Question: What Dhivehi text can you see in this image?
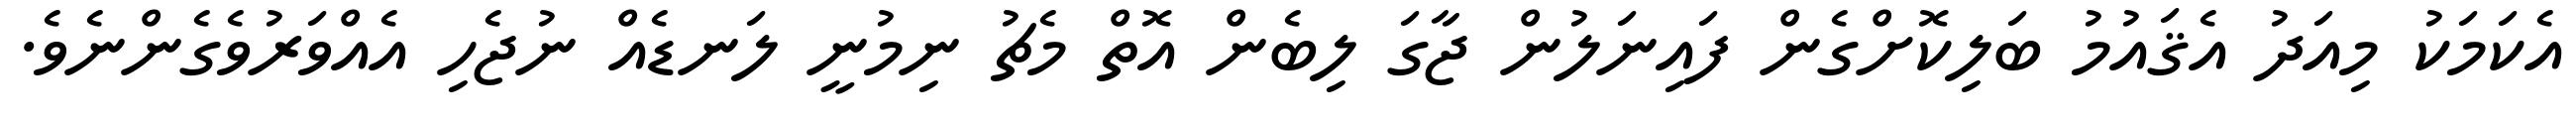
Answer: އެކަމަކު މިއަދު އެޤައުމު ބަލިކޮށްގެން ފައިނަލުން ޖާގަ ލިބެން އޮތް މެޗު ނިމުނީ ލަނޑެއް ނުޖެހި އެއްވަރުވެގެންނެވެ.